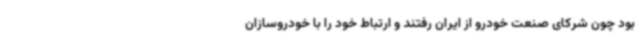
بود چون شرکای صنعت خودرو از ایران رفتند و ارتباط خود را با خودروسازان